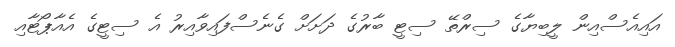
އައިއެސްއިން ލީބިޔާގެ ސިރްތޭ ސިޓީ ބާރުގެ ދަށަށް ގެނެސްފައިވާއިރު އެ ސިޓީގެ އެއާޕޯޓާއި